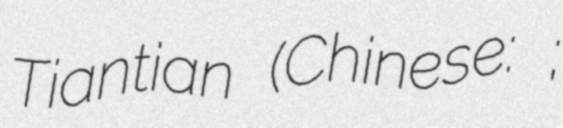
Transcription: Tiantian (Chinese: 孙甜甜;